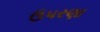
ઉપરણા